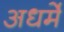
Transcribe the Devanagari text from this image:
अधर्मे